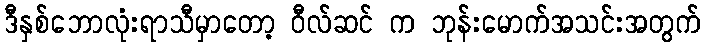
ဒီနှစ်ဘောလုံးရာသီမှာတော့ ဝီလ်ဆင် က ဘုန်းမောက်အသင်းအတွက်